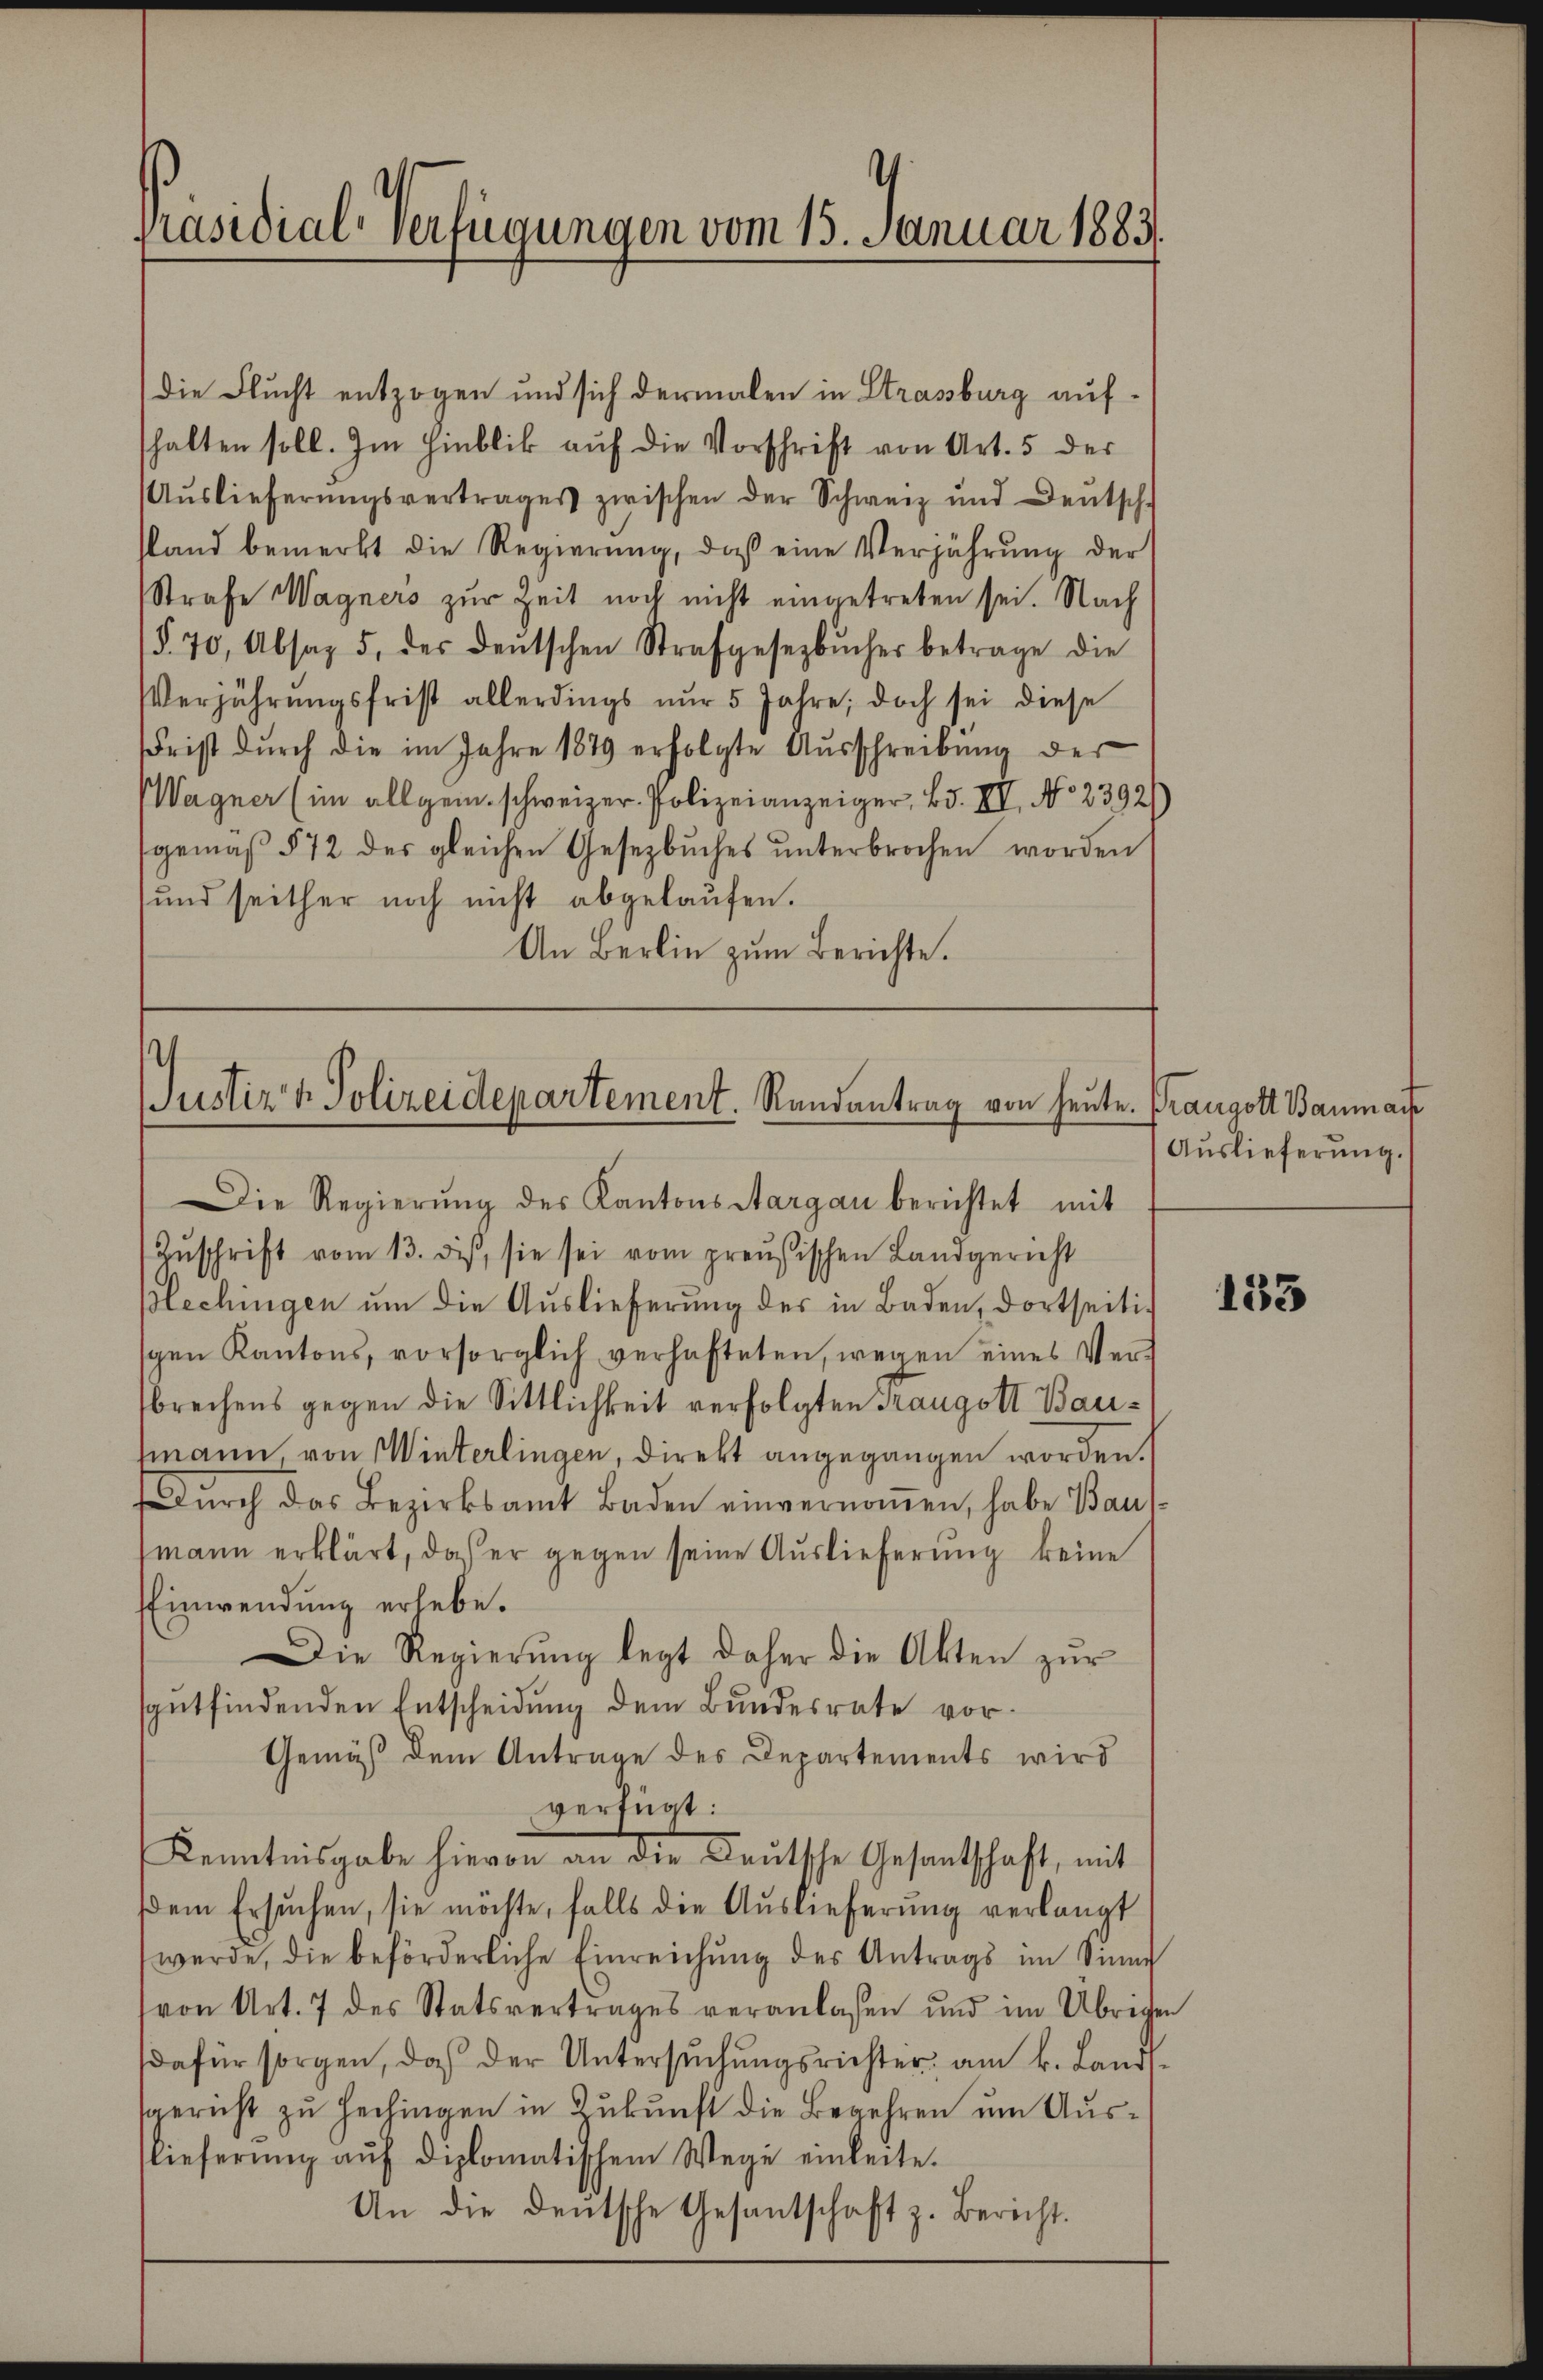
Präsidial-Verfügungen vom 15. Januar 1883.

die Flucht entzogen und sich dermalen in Strassburg aufhalten soll. Im Hinblik auf die Vorschrift von Art. 5 der
Aŭslieferŭngsvertrages zwischen der Schweiz und Deutsch-
stand bemerkt die Regierŭng, daβ eine Verjährung der
Strafe Wagners zur Zeit noch nicht eingetreten sei. Nach
(§. 70, Absag 5. des deŭtschen Strafgesezbŭcher betrage die
Verjährŭngsfrist allerdings nŭr 5 Jahre; doch sei diese
Frist durch die im Jahre 1879 erfolgte Ausschreibung der
Wagner (im allgem. schweizer. Polizeianzeiger, Bd. II, No 2392
gemäß § 72 des gleichen Gesetzbuches unterbrochen worden
und seither noch nicht abgelaufen.
An Berlin zum Berichte.

Justiz & Polizeidepartement. Randantrag von heute. Prangott Bauman
Die Regierŭng des Kantons Aargau berichtet mit
Zŭschrift vom 13. dis, sie sei vom preußischen Landgericht

Blechingen um die Auslieferung des in Baden, dortseitisgen Kantons, vorsorglich verhafteten, wegen eines Ver-
brechens gegen die Sittlichkeit verfolgten Trangott Bautmann, von Winterlingen, direkt angegangen worden.
durch das Bezirksamt Baden einvernoṁen, habe Baus-
mann erklärt, daß er gegen seine Auslieferung keine
Einwendung erlebe.
Die Regierung legt daher die Akten zur
sgutfindenden Entscheidung dem Bundesrate vor¬
Gemäß dem Antrage des Departements wird
verfügt:
Kenntnisgabe hievon an die Deutsche Gesandtschaft, mit
dem Ersuchen, sie möchte, falls die Auslieferung verlangt
werde, die beförderliche Einreichung des Antrags im Sinne
(von Art. 7 des Statsvertrages veranlaßen und im Übrigen
dafür sorgen, daß der Untersŭchŭngsrichter am k. Lands
sgericht zu Hechingen in Zukunft die Begehren um Auslieferŭng aŭf diplomatischem Wege einleite.
An die deutsche Gesantschaft z. Bericht.

Auslieferung.

133